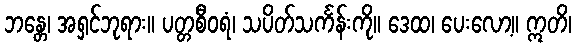
ဘန္တေ၊ အရှင်ဘုရား။ ပတ္တစီဝရံ၊ သပိတ်သင်္ကန်းကို။ ဒေထ၊ ပေးလော့။ ဣတိ၊